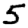
Digit: 5